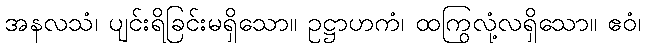
အနလသံ၊ ပျင်းရိခြင်းမရှိသော။ ဥဋ္ဌာဟကံ၊ ထကြွလုံ့လရှိသော။ ဧဝံ၊